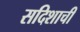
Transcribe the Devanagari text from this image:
सदिशाची